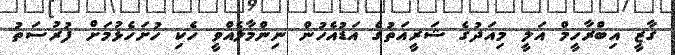
ގާޒީ އިބްރާހީމް އަލީ މިއަދުގެ ޝަރީއަތުގެ އަޑުއެހުން ނިންމާލެއްވީ ހެކި ހުށަހެޅުމަށް ފުރުސަތު